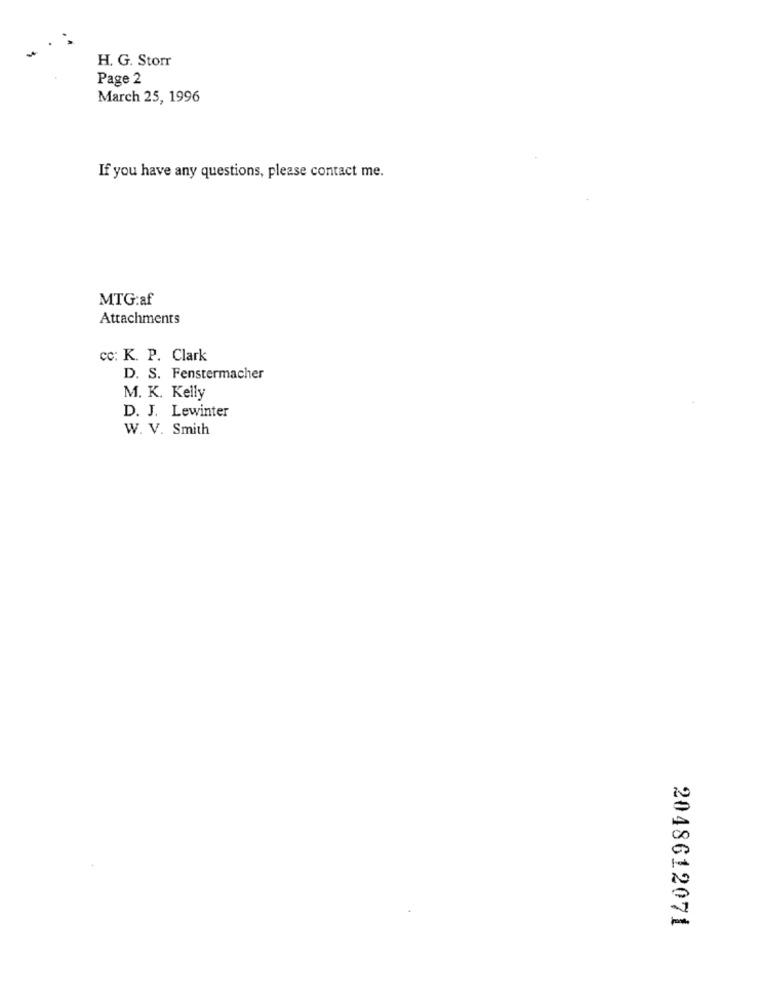
H. G. Storr
Page 2
March 25, 1996
If you have any questions, please contact me.
MTG:af
Attachments
cc: K. P. Clark
D. S. Fenstermacher
M. K. Kelly
D. J. Lewinter
W. V. Smith
2048612071